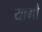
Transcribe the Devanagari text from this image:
यामौ